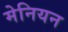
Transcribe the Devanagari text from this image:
मेनियन